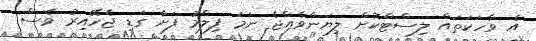
އެ ވާހަކަތައް ލިސްޓްކޮށް ލިޔަންވެއްޖެ ނަމަ ފިލްމު ފަށާ ގަޑި ޖެހޭއިރު ވެސް